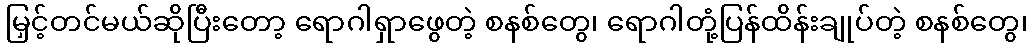
မြှင့်တင်မယ်ဆိုပြီးတော့ ရောဂါရှာဖွေတဲ့ စနစ်တွေ၊ ရောဂါတုံ့ပြန်ထိန်းချုပ်တဲ့ စနစ်တွေ၊